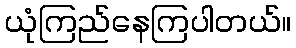
ယုံကြည်နေကြပါတယ်။